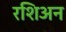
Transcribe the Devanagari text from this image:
रशिअन